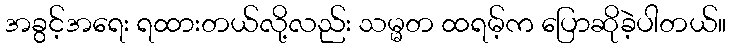
အခွင့်အရေး ရထားတယ်လို့လည်း သမ္မတ ထရမ့်က ပြောဆိုခဲ့ပါတယ်။